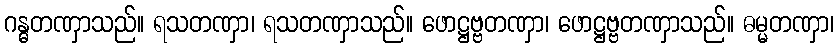
ဂန္ဓတဏှာသည်။ ရသတဏှာ၊ ရသတဏှာသည်။ ဖောဋ္ဌဗ္ဗတဏှာ၊ ဖောဋ္ဌဗ္ဗတဏှာသည်။ ဓမ္မတဏှာ၊